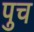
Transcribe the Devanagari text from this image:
पुच